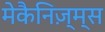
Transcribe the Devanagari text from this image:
मेकैनिज़्म्स